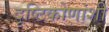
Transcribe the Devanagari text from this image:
दृष्टिकोणांशी